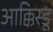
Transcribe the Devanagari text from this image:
आक्किस्डू